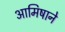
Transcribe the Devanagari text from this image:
आमिषाने